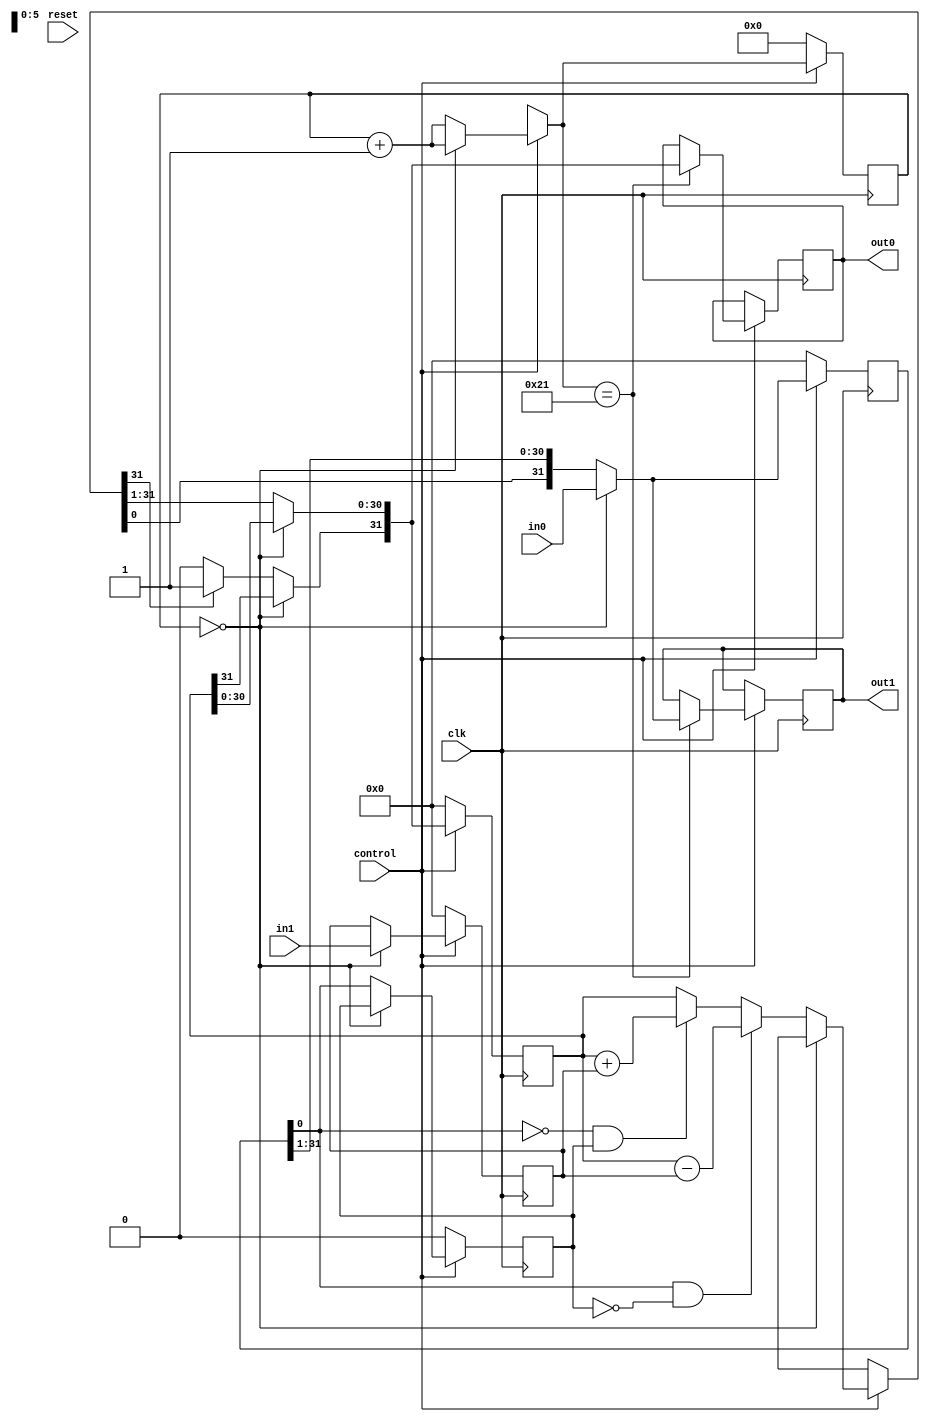
module Mult (
    input wire clk,
    input wire reset,
    input wire control, 
    input wire [31:0] in0,
    input wire [31:0] in1, 
    output reg [31:0] out0,
    output reg [31:0] out1
);

    reg [31:0] M; 
    reg [31:0] Q;   
    reg Q1;
    reg [31:0] A;
    reg [5:0] counter;

    reg aux = 1;
    
    always @ (posedge clk)begin

        if(control == 1'b0)begin
            counter = 6'b000000;
            Q = 32'b00000000000000000000000000000000;
            M = 32'b00000000000000000000000000000000;
            Q1 = 1'b0;
            A = 32'b00000000000000000000000000000000;

        end
        else begin
            if(counter == 6'b000000) begin
                Q = in0;
                M = in1;
                counter = counter + 1;
            end
            else begin 
                if(Q[0] == 1'b1 && Q1 == 1'b0) begin

                    A = A - M;

                end 

                else if(Q[0] == 1'b0 && Q1 == 1'b1) begin

                    A = A + M;

                end 

                {A, Q, Q1} = {A, Q, Q1} >> 1'b1;

                if(A[30] == 1'b1)begin

                    A[31] = 1'b1; 

                end

                counter = counter + 1'b1;
            end

            if(counter == 6'b100001) begin
                out0 = A;
                out1 = Q;
            end
        end
    end
endmodule